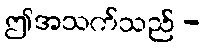
ဤအသက်သည် -